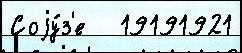
Соjу́з'е   19191921